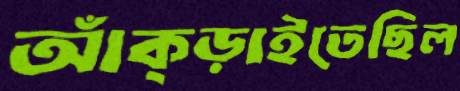
আঁক্‌ড়াইতেছিল